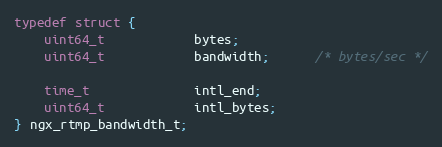
Language: C
typedef struct {
    uint64_t            bytes;
    uint64_t            bandwidth;      /* bytes/sec */

    time_t              intl_end;
    uint64_t            intl_bytes;
} ngx_rtmp_bandwidth_t;